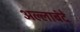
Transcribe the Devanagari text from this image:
अल्लाबंदे